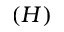
\left( H \right)